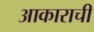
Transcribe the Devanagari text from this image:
आकाराचीं